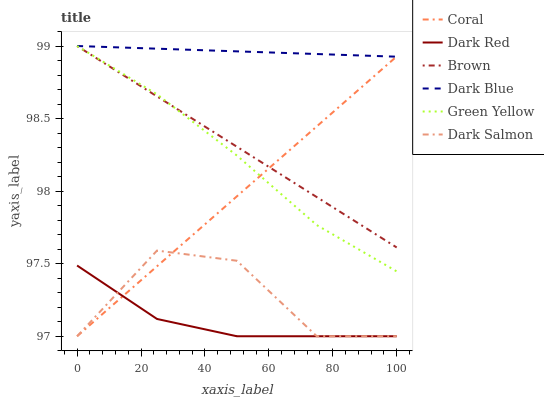
| xaxis_label | Coral | Dark Red | Brown | Dark Blue | Green Yellow | Dark Salmon |
 | --- | --- | --- | --- | --- | --- | --- |
 | 0 | 97 | 97.5 | 99 | 99 | 99 | 97 |
 | 25 | 97.5 | 97.1 | 98.7 | 99 | 98.7 | 97.6 |
 | 50 | 98 | 97 | 98.3 | 99 | 98.2 | 97.5 |
 | 75 | 98.4 | 97 | 98 | 98.9 | 97.8 | 97 |
 | 100 | 98.9 | 97 | 97.6 | 98.9 | 97.4 | 97 |